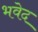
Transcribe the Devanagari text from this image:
भवेद